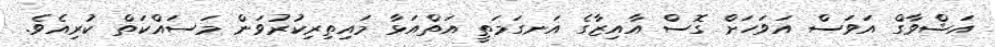
އަޝްވާގް އަވަސް އަވަހަށް ގޮސް އާއިޒާގެ އަނގަމަތީ އަތްއަޅާ މައިތިރިކުރުވަން މަސައްކަތް ކުރިއެވެ.